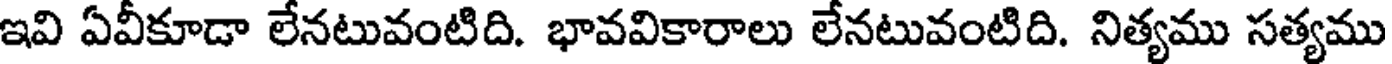
ఇవి ఏవీకూడా లేనటువంటిది. భావవికారాలు లేనటువంటిది. నిత్యము సత్యము